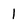
Character: 1